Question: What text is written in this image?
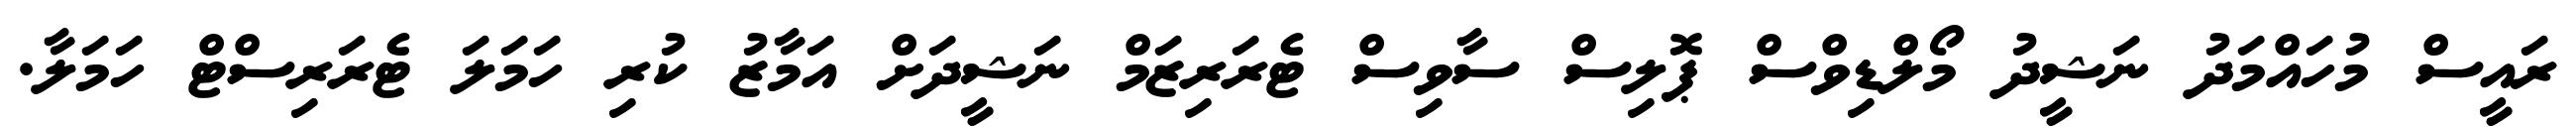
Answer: ރައީސް މުހައްމަދު ނަޝީދު މޯލްޑިވްސް ޕޮލިސް ސާވިސް ޓެރަރިޒަމް ނަޝީދަށް އަމާޒު ކުރި ހަމަލަ ޓެރަރިސްޓް ހަމަލާ.